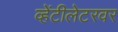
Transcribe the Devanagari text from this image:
व्हेंटीलेटरवर